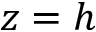
z = h